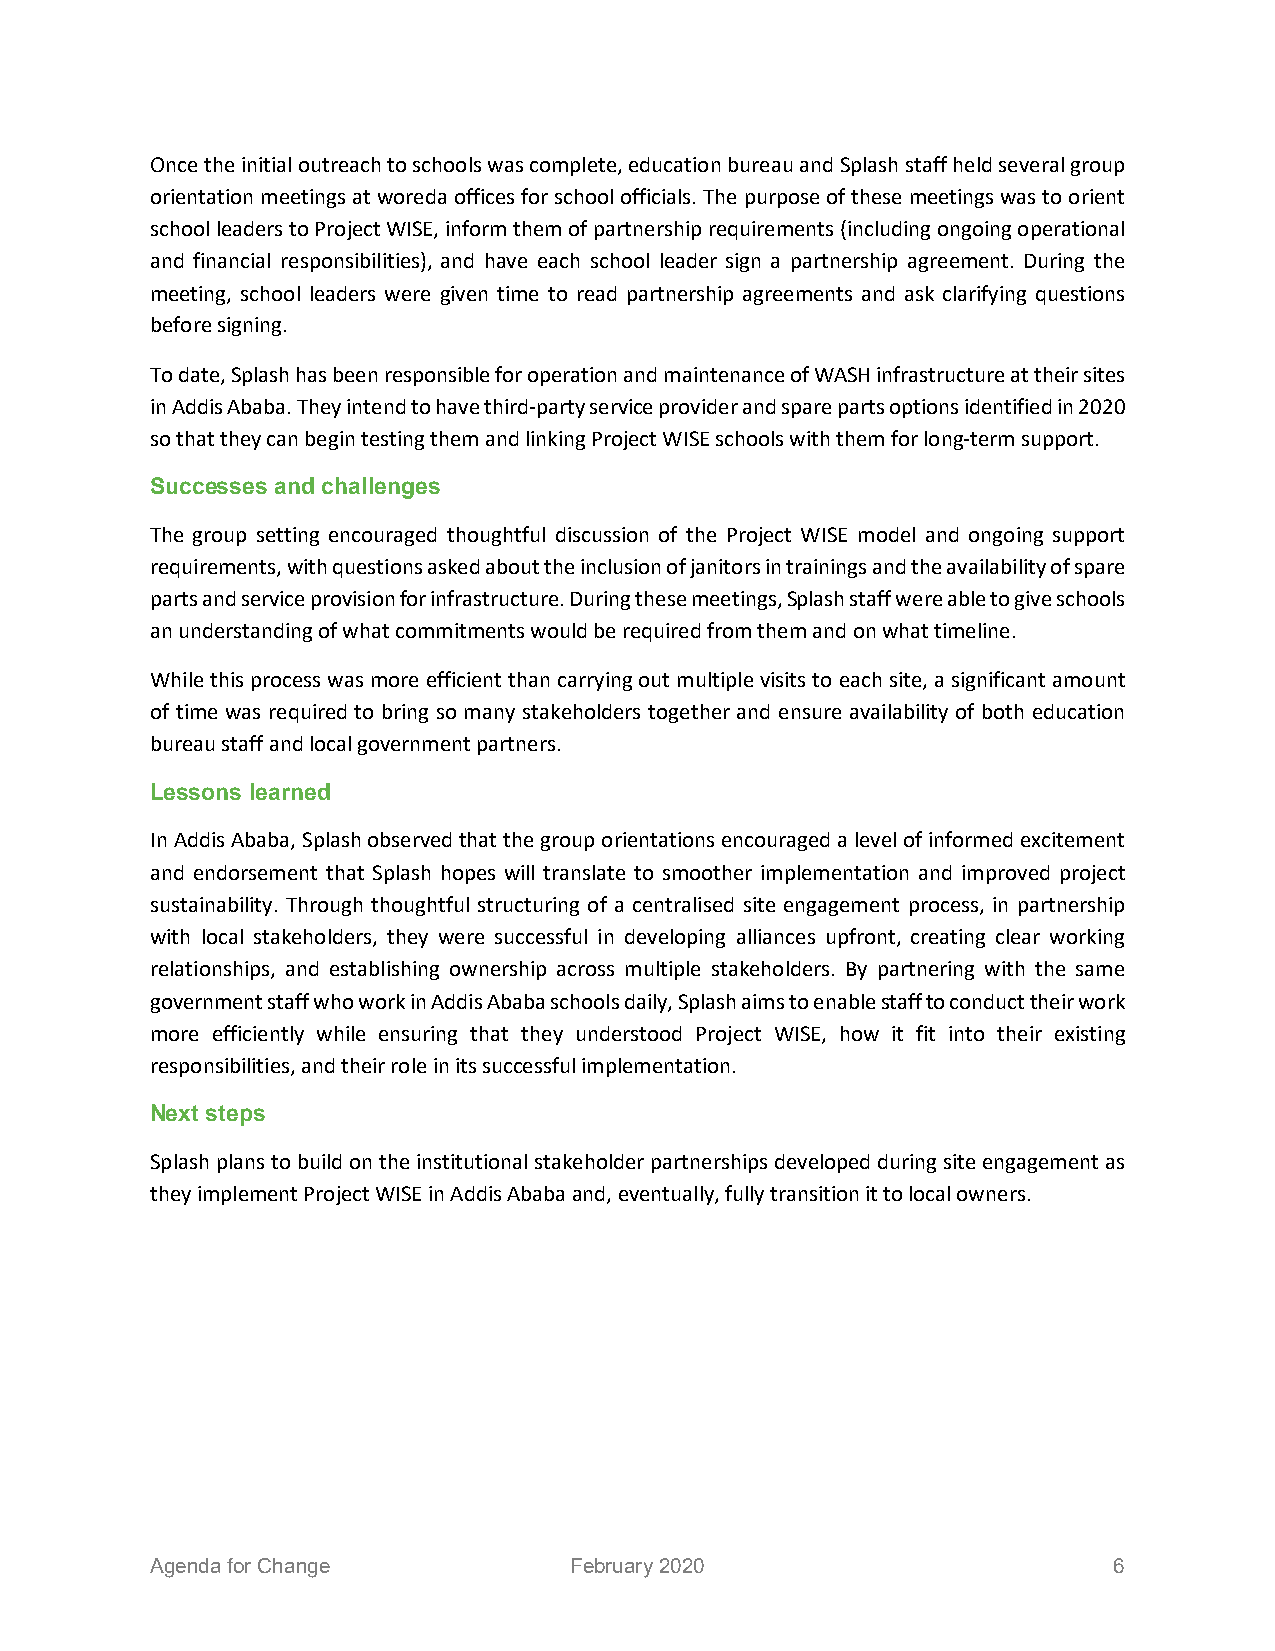
Once the initial outreach to schools was complete, education bureau and Splash staff held several group
 orientation meetings at woreda offices for school officials. The purpose of these meetings was to orient
 school leaders to Project WISE, inform them of partnership requirements (including ongoing operational
 and financial responsibilities), and have each school leader sign a partnership agreement. During the
 meeting, school leaders were given time to read partnership agreements and ask clarifying questions
 before signing.
 To date, Splash has been responsible for operation and maintenance of WASH infrastructure at their sites
 in Addis Ababa. They intend to have third-party service provider and spare parts options identified in 2020
 so that they can begin testing them and linking Project WISE schools with them for long-term support.
 Successes and challenges
 The group setting encouraged thoughtful discussion of the Project WISE model and ongoing support
 requirements, with questions asked about the inclusion of janitors in trainings and the availability of spare
 parts and service provision for infrastructure. During these meetings, Splash staff were able to give schools
 an understanding of what commitments would be required from them and on what timeline.
 While this process was more efficient than carrying out multiple visits to each site, a significant amount
 of time was required to bring so many stakeholders together and ensure availability of both education
 bureau staff and local government partners.
 Lessons learned
 In Addis Ababa, Splash observed that the group orientations encouraged a level of informed excitement
 and endorsement that Splash hopes will translate to smoother implementation and improved project
 sustainability. Through thoughtful structuring of a centralised site engagement process, in partnership
 with local stakeholders, they were successful in developing alliances upfront, creating clear working
 relationships, and establishing ownership across multiple stakeholders. By partnering with the same
 government staff who work in Addis Ababa schools daily, Splash aims to enable staff to conduct their work
 more efficiently while ensuring that they understood Project WISE, how it fit into their existing
 responsibilities, and their role in its successful implementation.
 Next steps
 Splash plans to build on the institutional stakeholder partnerships developed during site engagement as
 they implement Project WISE in Addis Ababa and, eventually, fully transition it to local owners.
 Agenda for Change           February 2020                       6